Report on vaccination in Madras 1895-1903 - 1895-1903
Year: 1895
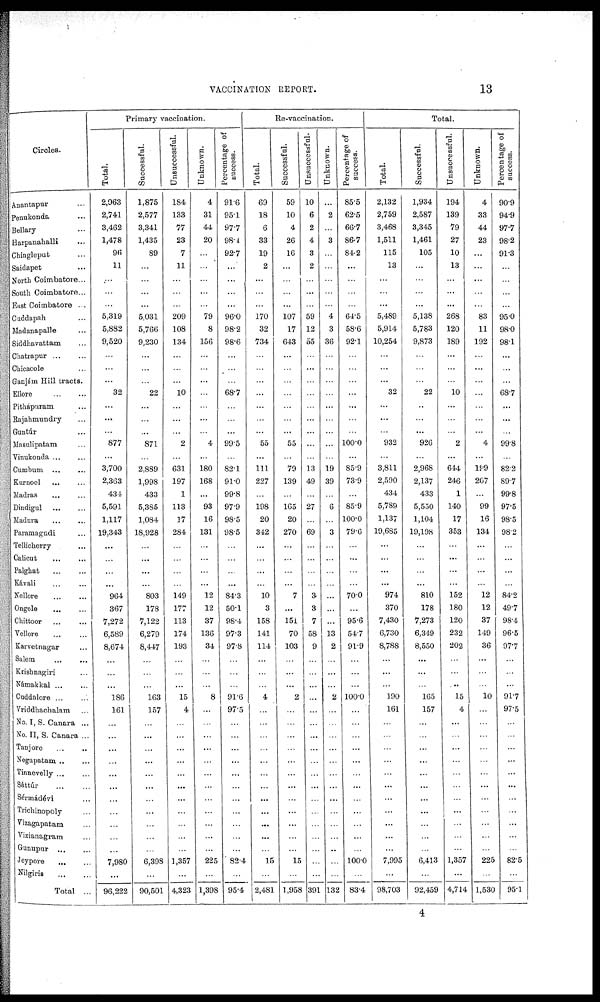
VACCINATION REPORT.
13
Circles.
Anantapur ...
Penukonda ...
Bellary ...
Harpanahalli ...
Chingleput ...
Saidapet ...
North Coimbatore...
South Coimbatore ...
East Coimbatore ...
Cuddapah ...
Madanapalle ...
Siddhavattam ...
Chatrapur
...
...
Chicacole ...
Ganjám Hill tracts.
Ellore
...
...
Pithápuram ...
Rajahmundry ...
Guntúr ...
Masalipatam ...
Vinukonda ... ...
Cumbum ... ...
Kurnool
...
...
Madras
...
...
Dindigul ... ...
Madura
...
...
Paramagudi ...
Tellicherry ...
Calicut ... ...
Palghat
...
...
Kávali
...
...
Nellore
...
...
Ongole
...
...
Chittoor ... ...
Vellore
...
...
Karretnagar ... ...
Salem
...
...
Krishnagiri ...
Námakkal ... ...
Caddalore ... ...
Vriddhachalam ...
No. I, S. Canara ...
No. II, S. Canara ...
Tanjore
...
...
Negapatam ... ...
Tinnevelly ... ...
Sáttúr
...
...
Sérmádévi ...
Trichinopoly ...
Vizagapatam ...
Vizianagram ...
Gunupur ... ...
Joypore
...
...
Nilgiris
...
...
Total ...
Primary vaccination.
Total.
2,063
2,741
3,462
1,478
96
11
...
...
...
5,319
5,882
9,520
...
...
...
32
...
...
...
877
...
3,700
2,363
434
5,591
1,117
19,343
...
...
...
...
964
367
7,272
6,589
8,674
...
...
...
186
161
...
...
...
...
...
...
...
...
...
...
...
7,980
...
96,222
Successful.
1,875
2,577
3,341
1,435
89
...
...
...
...
5,031
5,766
9,230
...
...
...
22
...
...
...
871
...
2,889
1,998
433
5,385
1,084
18,928
...
...
...
...
803
178
7,122
6,279
8,447
...
...
...
163
157
...
...
...
...
...
...
...
...
...
...
...
6,398
...
90,501
Unsuccessful.
184
133
77
23
7
11
...
...
...
209
108
134
...
...
...
10
...
...
...
2
...
631
197
1
113
17
284
...
...
...
...
149
177
113
174
193
...
...
...
15
4
...
...
...
...
...
...
...
...
...
...
...
1,357
...
4,323
Unknown.
4
31
44
20
...
...
...
...
...
79
8
156
...
...
...
...
...
...
...
4
...
180
168
...
93
16
131
...
...
...
...
12
12
37
136
34
...
...
...
8
...
...
...
...
...
...
...
...
...
...
...
225
...
1,398
Percentage of
success.
91.6
95.1
97.7
98.4
92.7
...
...
...
...
96.0
98.2
98.6
...
...
...
68.7
...
...
...
99.5
...
82.1
91.0
99.8
97.9
98.5
98.5
...
...
...
...
84.3
50.1
98.4
97.3
97.8
...
...
...
91.6
97.5
...
...
...
...
...
...
...
...
...
...
...
82.4
...
95.4
Re-vaccination.
Total.
69
18
6
33
19
2
...
...
...
170
32
734
...
...
...
...
...
...
...
55
...
111
227
...
198
20
342
...
...
...
...
10
3
158
141
114
...
...
...
4
...
...
...
...
...
...
... ...
...
...
...
...
15
...
2,481
Successful.
59
10
4
26
16
...
...
...
...
107
17
643
...
...
...
...
...
...
...
55
...
79
139
...
165
20
270
...
...
...
...
7
...
151
70
103
...
...
...
2
...
...
...
...
...
...
...
...
...
...
...
...
15
...
1,958
Unsuccessful.
10
6
2
4
3
2
...
...
...
59
12
55
...
...
...
...
...
...
...
...
...
13
49
...
27
...
69
...
...
...
...
3
3
7
58
9
...
...
...
...
...
...
...
...
...
...
...
...
...
...
...
...
...
...
391
Unknown.
...
2
...
3
...
...
...
...
...
4
3
36
...
...
...
...
...
...
...
...
...
19
39
...
6
...
3
...
...
...
...
...
...
...
13
2
...
...
...
2
...
...
...
...
...
...
...
...
...
...
...
...
...
...
132
Percentage of
success.
85.5
62.5
66.7
86.7
84.2
...
...
...
...
64.5
58.6
92.1
...
...
...
...
...
...
...
100.0
...
85.9
73.9
...
85.9
100.0
79.6
...
...
...
...
70.0
...
95.6
54.7
91.9
...
...
...
100.0
...
...
...
...
...
...
...
...
...
...
...
...
100.0
...
83.4
Total.
Total.
2,132
2,759
3,468
1,511
115
13
...
...
...
5,489
5,914
10,254
...
...
...
32
...
...
...
932
...
3,811
2,590
434
5,789
1,137
19,685
...
...
...
...
974
370
7,430
6,730
8,788
...
...
...
190
161
...
...
...
...
...
...
...
...
...
...
...
7,995
...
98,703
Successful.
1,934
2,587
3,345
1,461
105
...
...
...
...
5,138
5,783
9,873
...
...
...
22
...
...
...
926
...
2,968
2,137
433
5,550
1,104
19,198
...
...
...
...
810
178
7,273
6,349
8,550
...
...
...
165
157
...
...
...
...
...
...
...
...
...
...
...
6,413
...
92,459
Unsuccessful.
194
139
79
27
10
13
...
...
...
268
120
189
...
...
...
10
...
...
...
2
...
644
246
1
140
17
353
...
...
...
...
152
180
120
232
202
...
...
...
15
4
...
...
...
...
...
...
...
...
...
...
...
1,357
...
4,714
Unknown.
4
33
44
23
...
...
...
...
...
83
11
192
...
...
...
...
...
...
...
4
...
199
207
...
99
16
134
...
...
...
...
12
12
37
149
36
...
...
...
10
...
...
...
...
...
...
...
...
...
...
...
...
225
...
1,530
Percentage of
success.
90.9
94.9
97.7
98.2
91.3
...
...
...
...
95.0
98.0
98.1
...
...
...
68.7
...
...
...
99.8
...
82.2
89.7
99.8
97.5
98.5
98.2
...
...
...
...
84.2
49.7
98.4
96.5
97.7
...
...
...
91.7
97.5
...
...
...
...
...
...
...
...
...
...
...
82.5
...
95.1
4